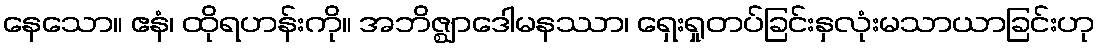
နေသော။ ဧနံ၊ ထိုရဟန်းကို။ အဘိဇ္ဈာဒေါမနဿာ၊ ရှေးရှုတပ်ခြင်းနှလုံးမသာယာခြင်းဟု